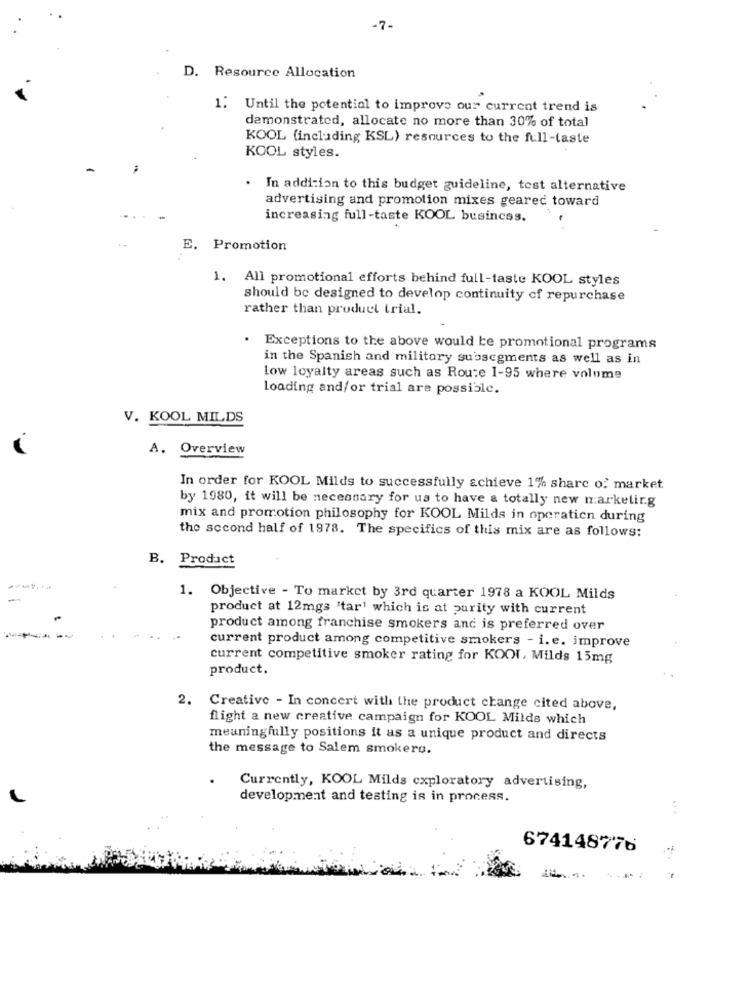
-7-
D. Resource Allocation
1. Until the potential to improve our current trend is
demonstrated, allocate no more than 30% of total
KOOL (including KSL) resources to the full-taste
KOOL styles.
. In addition to this budget guideline, test alternative
advertising and promotion mixes geared toward
increasing full-taste KOOL business.
E. Promotion
1. All promotional efforts behind full-taste KOOL styles
should be designed to develop continuity of repurchase
rather than product trial.
. Exceptions to the above would be promotional programs
in the Spanish and military subsegments as well as in
low loyalty areas such as Route 1-95 where volume
loading and/or trial are possible.
V. KOOL MILDS
A. Overview
In order for KOOL Milds to successfully achieve 1% share o.' market
by 1980, it will be necessary for us to have a totally new marketing
mix and promotion philosophy for KOOL Milds in operatien during
the second half of 1978. The specifics of this mix are as follows:
B. Product
1. Objective - To market by 3rd quarter 1978 a KOOL Milds
product at 12mgs "tar' which is at purity with current
product among franchise smokers and is preferred over
current product among competitive smokers - i.e. improve
current competitive smoker rating for KOOI, Milds 15mg
product.
2.
Creative - In concert with the product change cited above,
flight a new creative campaign for KOOL Milds which
meaningfully positions it as a unique product and directs
the message to Salem smokero.
Currently, KOOL Milds exploratory advertising,
development and testing is in process.
674148776
-